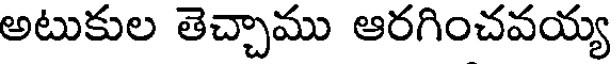
అటుకుల తెచ్చాము ఆరగించవయ్య